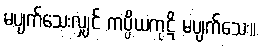
မပျက်သေးလျှင် ကပ္ပိယကုဋိ မပျက်သေး။